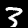
Label: 3